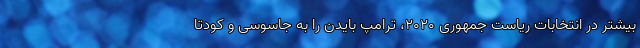
بیشتر در انتخابات ریاست جمهوری ۲۰۲۰، ترامپ بایدن را به جاسوسی و کودتا